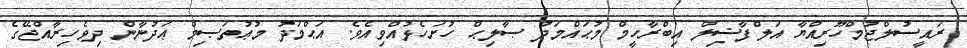
ރައީސުލްޖުމްހޫރިއްޔާ އަލްފާޟިލް އިބްރާހީމް މުޙައްމަދު ޞާލިޙް ހުށަހެޅުއްވިއެވެ. އަޙްމަދު މުޢުތަޞިމް ޢަދުނާން ދިވެހިރާއްޖޭގެ